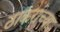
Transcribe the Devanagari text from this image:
ठाकरांच्या